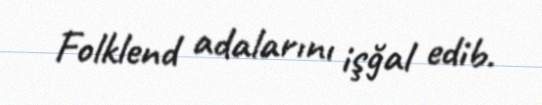
Folklend adalarını işğal edib.